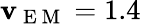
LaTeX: \mathbf{v}_{\mathrm{{~E~M~}}}=1.4